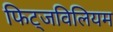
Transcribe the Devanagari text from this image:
फिट्जविलियम